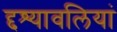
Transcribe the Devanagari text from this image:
द्दश्यावलियां